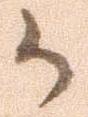
か